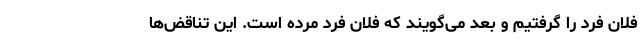
فلان فرد را گرفتیم و بعد می‌گویند که فلان فرد مرده است. این تناقض‌ها